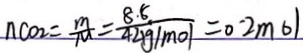
n C O _ { 2 } = \frac { m } { M } = \frac { 8 . 8 } { 4 4 g / m o l } = 0 . 2 m o l